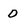
Character: 0